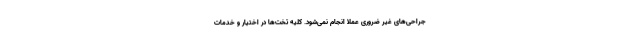
جراحی‌های غیر ضروری عملا انجام نمی‌شود. کلیه تخت‌ها در اختیار و خدمات